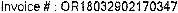
INVOICE # : OR18032902170347